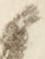
候